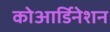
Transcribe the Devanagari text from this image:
कोआर्डिनेशन